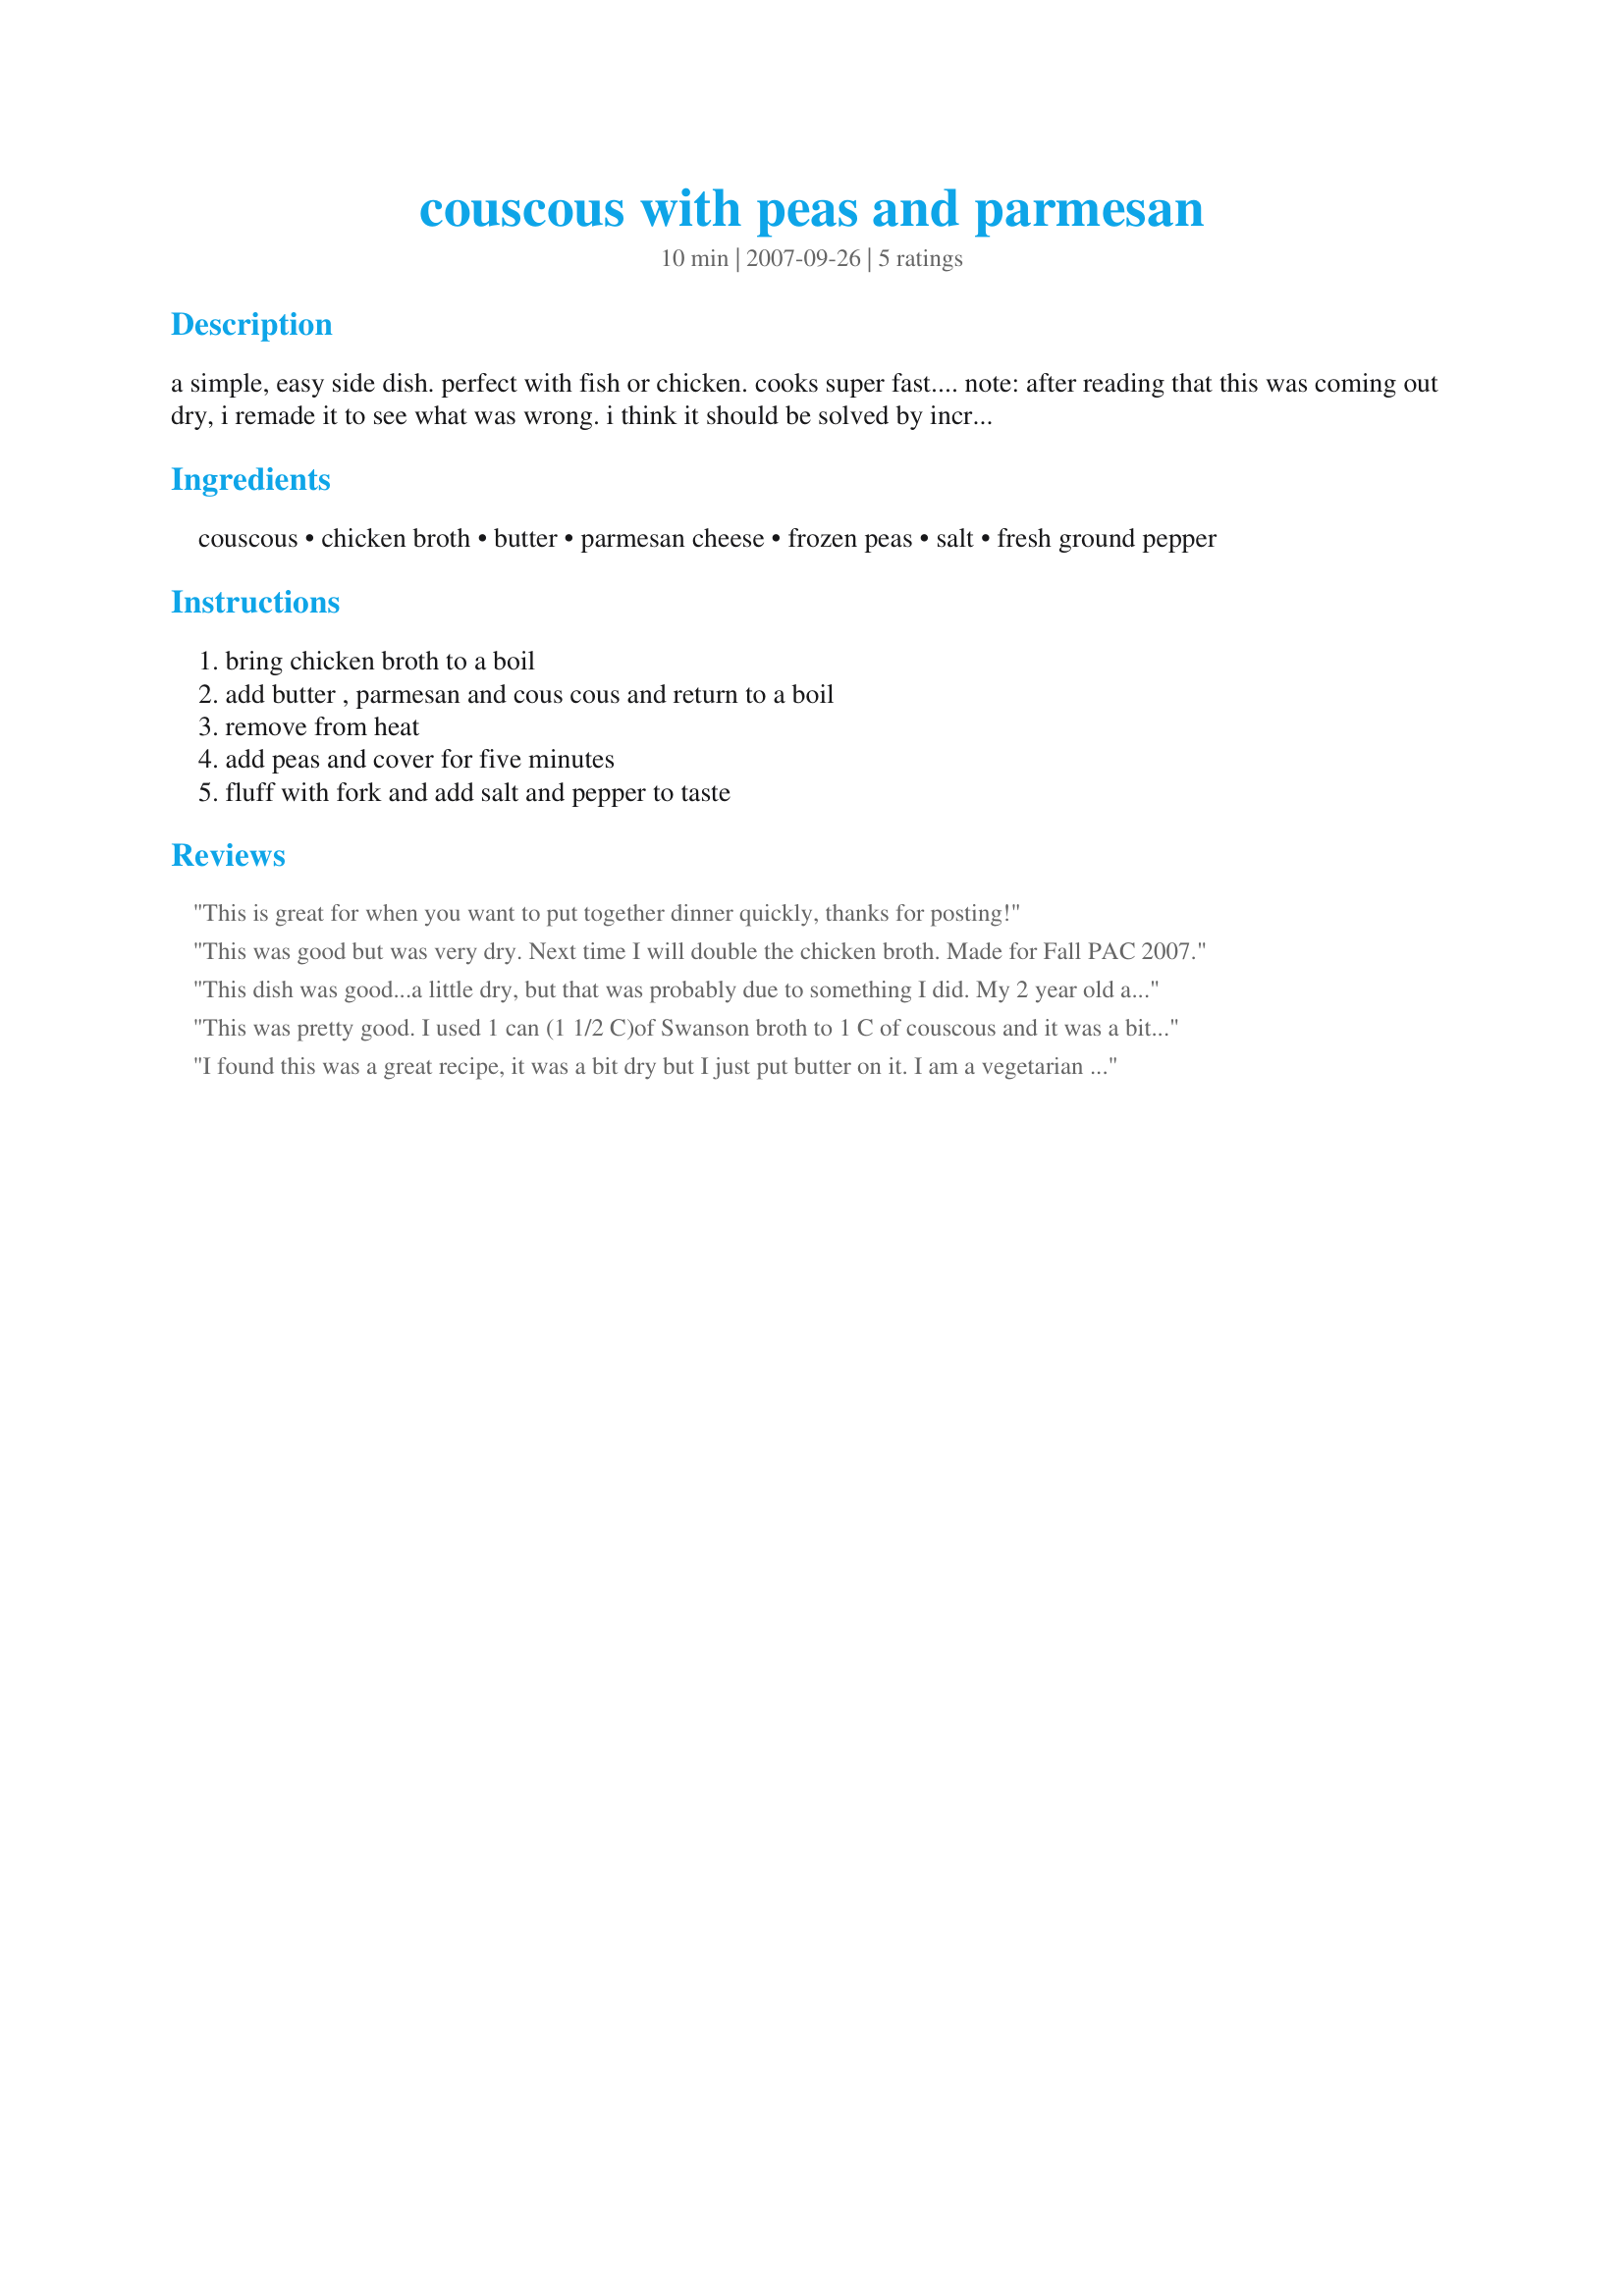
couscous with peas and parmesan
Preparation time: 10 minutes

a simple, easy side dish. perfect with fish or chicken. cooks super fast.... note: after reading that this was coming out dry, i remade it to see what was wrong. i think it should be solved by increasing the broth to 1 and a half cups or even just 1 and one fourth. you can also add a little more broth after you remove it from heat and adjust to your taste.

Ingredients:
couscous, chicken broth, butter, parmesan cheese, frozen peas, salt, fresh ground pepper

Steps:
bring chicken broth to a boil, add butter , parmesan and cous cous and return to a boil, remove from heat, add peas and cover for five minutes, fluff with fork and add salt and pepper to taste

Reviews:
This is great for when you want to put together dinner quickly, thanks for posting!
This was good but was very dry. Next time I will double the chicken broth. Made for Fall PAC 2007.
This dish was good...a little dry, but that was probably due to something I did. My 2 year old ate it, so anything that can get her to eat a green vegetable gets at least 4 starts! Definitely worth trying.
This was pretty good. I used 1 can (1 1/2 C)of Swanson broth to 1 C of couscous and it was a bit wet. I added sauteed mushrooms but forgot to add onions to make a pilaf with this recipe. I found the whole thing a bit bland, but that could be from using Kraft parmesan rather than fresh.
I found this was a great recipe, it was a bit dry but I just put butter on it. I am a vegetarian and I subbed the chicken broth with vegetable broth it was yummy :)
